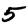
Digit: 5